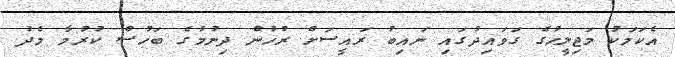
އެކަމަކު މަޖިލީހުގެ ގަވައިދުގައި ނައިބު ރައީސަށް ރުހުން ދިނުމުގެ ބަހުސް ކުރުމާ މެދު